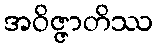
အဝိဇ္ဇာတိဿ